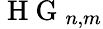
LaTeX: \mathrm{~H~G~}_{n,m}